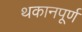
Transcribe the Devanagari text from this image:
थकानपूर्ण